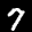
Label: 7